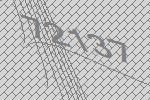
72137